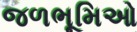
જળભૂમિઓ